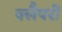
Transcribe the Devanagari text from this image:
क्लैपरों